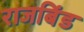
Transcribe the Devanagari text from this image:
राजबिंड